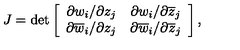
J = \det \left[ \begin{array} { c c } { \partial w _ { i } / \partial z _ { j } } & { \partial w _ { i } / \partial \overline { { z } } _ { j } } \\ { \partial \overline { { w } } _ { i } / \partial z _ { j } } & { \partial \overline { { w } } _ { i } / \partial \overline { { z } } _ { j } } \\ \end{array} \right] ,